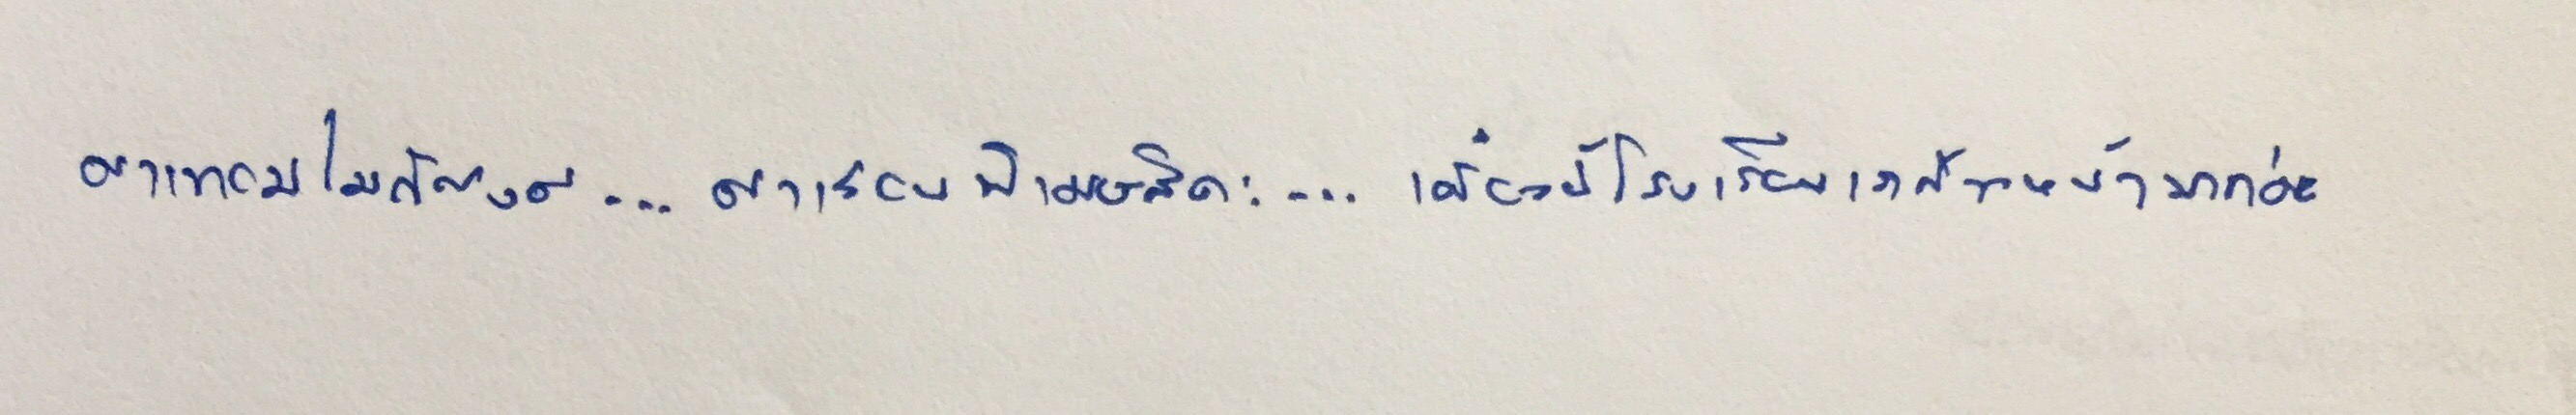
ค่าเทอมไม่กี่ตังค์...ค่าเรียนพิเศษสิคะ...เดี๋ยวนี้โรงเรียนเราก้าวหน้ามากค่ะ